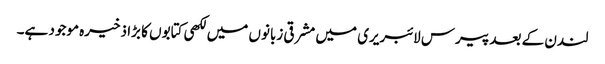
لندن کے بعد پیرس لائبریری میں مشرقی زبانوں میں لکھی کتابوں کا بڑا ذخیرہ موجود ہے۔